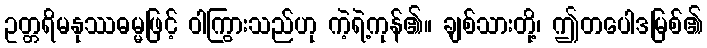
ဥတ္တရိမနုဿဓမ္မဖြင့် ဝါကြွားသည်ဟု ကဲ့ရဲ့ကုန်၏။ ချစ်သားတို့၊ ဤတပေါဒမြစ်၏